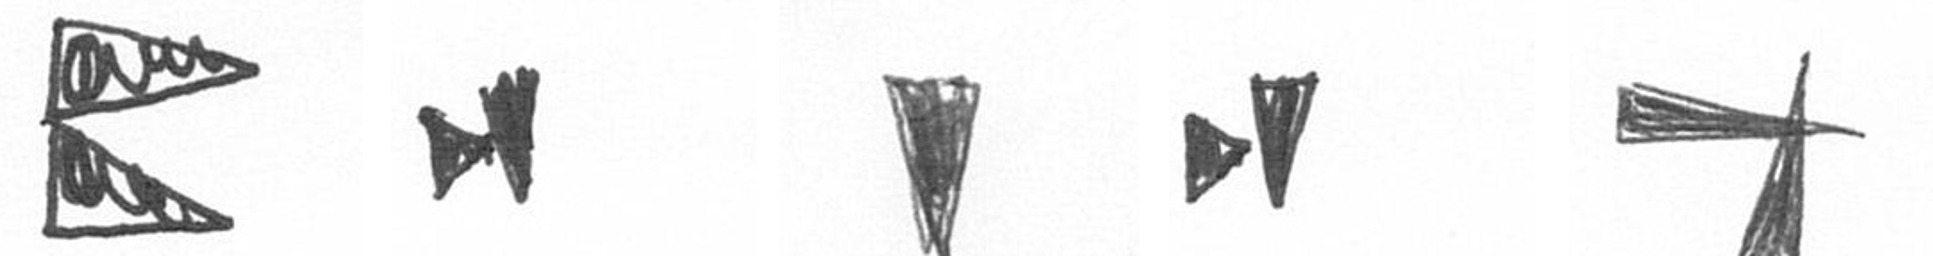
P M J M G